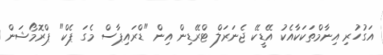
އަގުހުރި އިނާމްތަކަކާއެކު އޭޑީކޭ ޖެނަރަލް ޓްރޭޑިން އިން "ޑްރައިޕާސް މެގަ ޕެކް" ޕްރޮމޯޝަން